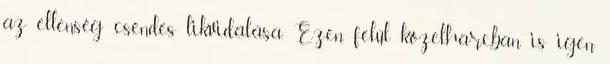
az ellenség csendes likvidálása. Ezen felül közelharcban is igen